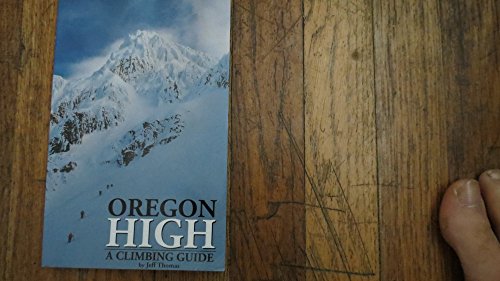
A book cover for Oregon High: A Climbing Guide to Nine Cascade Volcanoes; Jeff Thomas; Sports & Outdoors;